Indian journal of veterinary science and animal husbandry - Volume 10,
Year: 1940
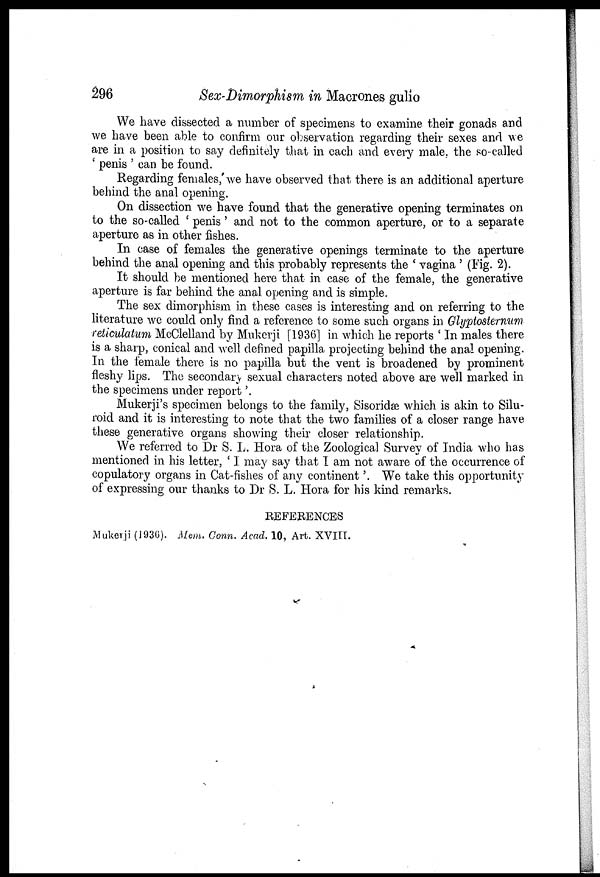
296
Sex-Dimorphism in Macrones gulio
We have dissected a number of specimens to examine their gonads and
we have been able to confirm our observation regarding their sexes and we
are in a position to say definitely that in each and every male, the so-called
' penis ' can be found.
Regarding females, we have observed that there is an additional aperture
behind the anal opening.
On dissection we have found that the generative opening terminates on
to the so-called ' penis' and not to the common aperture, or to a separate
aperture as in other fishes.
In case of females the generative openings terminate to the aperture
behind the anal opening and this probably represents the ' vagina ' (Fig. 2).
It should be mentioned here that in case of the female, the generative
aperture is far behind the anal opening and is simple.
The sex dimorphism in these cases is interesting and on referring to the
literature we could only find a reference to some such organs in Glyptosternum
reticulatum McClelland by Mukerji [1936] in which he reports ' In males there
is a sharp, conical and well defined papilla projecting behind the anal opening.
In the female there is no papilla but the vent is broadened by prominent
fleshy lips. The secondary sexual characters noted above are well marked in
the specimens under report '.
Mukerji's specimen belongs to the family, Sisoridæ which is akin to Silu¬
roid and it is interesting to note that the two families of a closer range have
these generative organs showing their closer relationship.
We referred to Dr S. L. Hora of the Zoological Survey of India who has
mentioned in his letter, ' I may say that I am not aware of the occurrence of
copulatory organs in Cat-fishes of any continent '. We take this opportunity
of expressing our thanks to Dr S. L. Hora for his kind remarks.
REFERENCES
Mukerji (1936). Mem. Conn. Acad. 10, Art. XVIII.